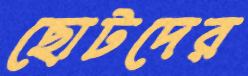
ছোটদের